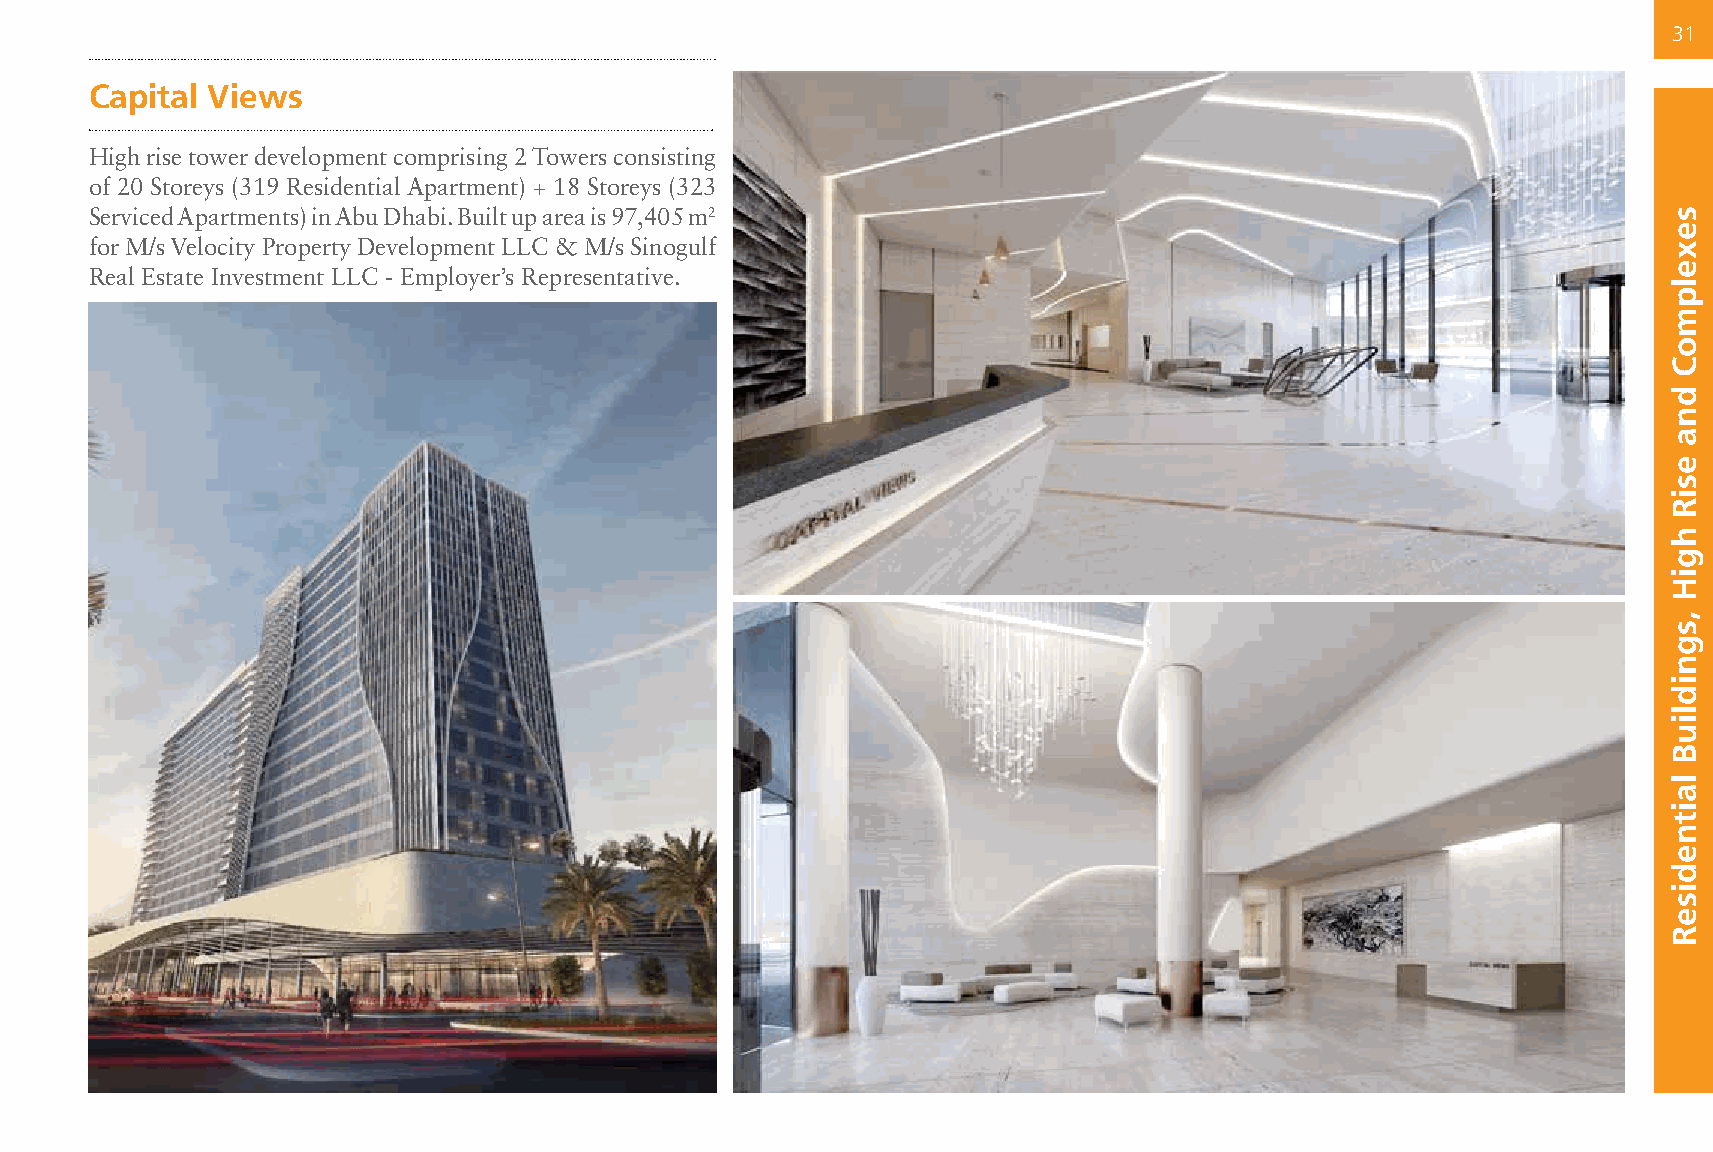
31
 Capital Views
 High rise tower development comprising 2 Towers consisting
 of 20 Storeys (319 Residential Apartment) + 18 Storeys (323
 Serviced Apartments) in Abu Dhabi. Built up area is 97,405 m2
 for M/s Velocity Property Development LLC & M/s Sinogulf
 Real Estate Investment LLC - Employer’s Representative.
 sexelpmoC
 dna
 esiR
 hgiH
 ,sgnidliuB
 laitnediseR